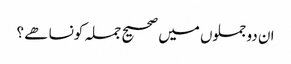
ان دو جملوں میں صحیح جملہ کونسا ھے ؟